Punjab Mental Hospital Lahore 1922-31 - 1922-1931
Year: 1922
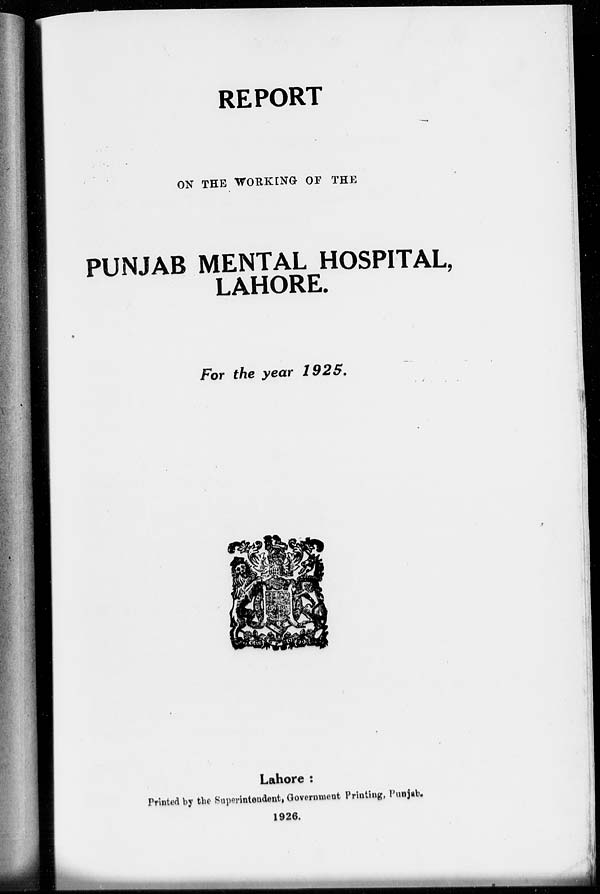
REPORT
ON THE WORKING OF THE
PUNJAB MENTAL HOSPITAL,
LAHORE.
For the year
1925.
Lahore :
Printed by the Superintendent, Government Printing, Punjab.
1926.